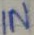
Text: IN